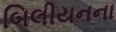
બિલીયનના